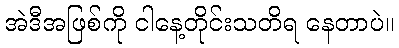
အဲဒီအဖြစ်ကို ငါနေ့တိုင်းသတိရ နေတာပဲ။